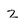
Character: Z